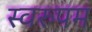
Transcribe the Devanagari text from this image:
स्वरुपम